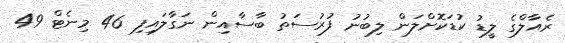
ރެއާލްގެ ލީޑު ކުޑަކޮށްލަން ލިބުނު ފުރުސަތު ބާސާއިން ނަގާލައިފި 46 މިނެޓް 49